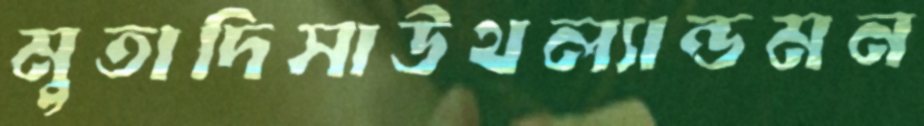
মুতাদিসাউথল্যান্ডমন